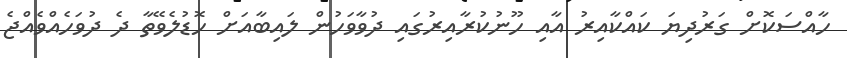
ހާއްސަކޮށް ގަރުދިޔަ ކައްކާއިރު އާއި ހޫނުކުރާއިރުގައި ދުވާވަހުން ލައިބާއަށް ހޮޑުލެވޭތާ ދެ ދުވަހެއްވެއްޖެ